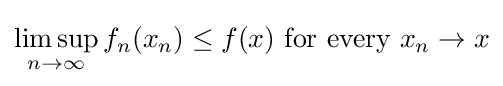
\limsup _{n\to \infty }f_{n}(x_{n})\leq f(x){\text{ for every }}x_{n}\to x